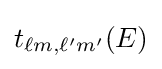
t_{\ell m,\ell 'm'}(E)